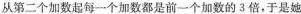
从第二个加数起每一个加数都是前一个加数的3倍，于是她